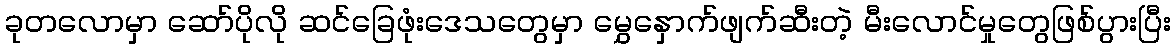
ခုတလောမှာ ဆော်ပိုလို ဆင်ခြေဖုံးဒေသတွေမှာ မွှေနှောက်ဖျက်ဆီးတဲ့ မီးလောင်မှုတွေဖြစ်ပွားပြီး